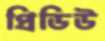
প্রিডিউ